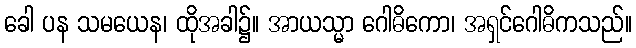
ခေါ ပန သမယေန၊ ထိုအခါ၌။ အာယသ္မာ ဂေါဓိကော၊ အရှင်ဂေါဓိကသည်။